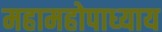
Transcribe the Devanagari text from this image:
महामहोपाध्‍याय